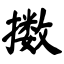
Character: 擞